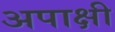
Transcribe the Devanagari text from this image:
अपाक्षी